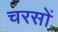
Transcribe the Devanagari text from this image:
चरसों